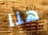
هنا